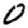
Digit: 0